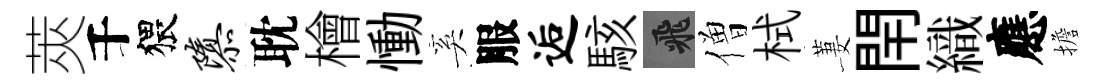
莢千猥隳耽檜慟奚服逅駭飛僧栻萋閈織應擔